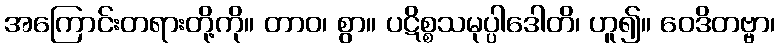
အကြောင်းတရားတို့ကို။ တာဝ၊ စွာ။ ပဋိစ္စသမုပ္ပါဒေါတိ၊ ဟူ၍။ ဝေဒိတဗ္ဗာ၊